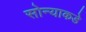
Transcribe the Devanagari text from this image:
सोन्याकडे